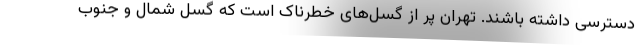
دسترسی داشته باشند. تهران پر از گسل‌های خطرناک است که گسل شمال و جنوب